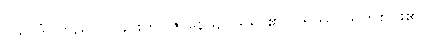
ပသာဒံ၊ ကြည်လင်ခြင်းကို။ ဇာနေယျ၊ သိရာ၏။ ပရဿ၊ သူတစ်ပါး၏။